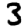
Digit: 3